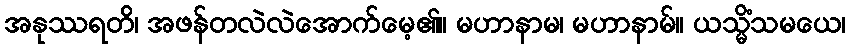
အနုဿရတိ၊ အဖန်တလဲလဲအောက်မေ့၏။ မဟာနာမ၊ မဟာနာမ်။ ယသ္မိံသမယေ၊